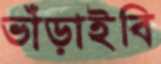
ভাঁড়াইবি